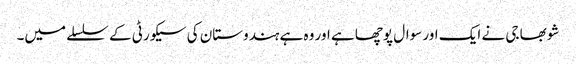
شوبھا جی نے ایک اور سوال پوچھا ہے اور وہ ہے ہندوستان کی سیکورٹی کے سلسلے میں۔